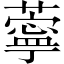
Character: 薴